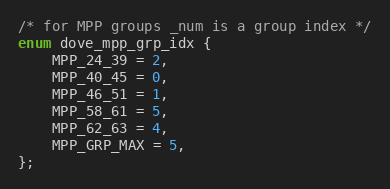
Language: C
/* for MPP groups _num is a group index */
enum dove_mpp_grp_idx {
	MPP_24_39 = 2,
	MPP_40_45 = 0,
	MPP_46_51 = 1,
	MPP_58_61 = 5,
	MPP_62_63 = 4,
	MPP_GRP_MAX = 5,
};